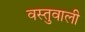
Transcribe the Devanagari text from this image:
वस्तुवाली